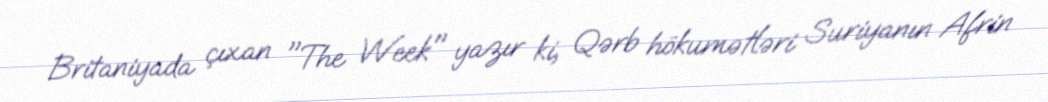
Britaniyada çıxan "The Week" yazır ki, Qərb hökumətləri Suriyanın Afrin